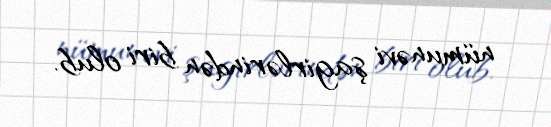
nümunəvi şagirlərindən biri olub.